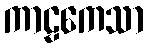
ကာဠကေသာ